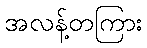
အလန့်တကြား